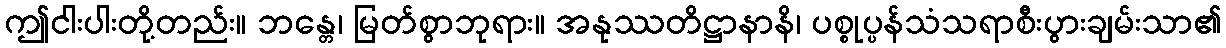
ဤငါးပါးတို့တည်း။ ဘန္တေ၊ မြတ်စွာဘုရား။ အနုဿတိဋ္ဌာနာနိ၊ ပစ္စုပ္ပန်သံသရာစီးပွားချမ်းသာ၏